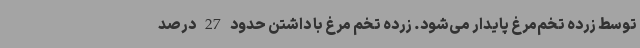
توسط زرده تخم‌مرغ پایدار می‌شود. زرده تخم مرغ با داشتن حدود 27 درصد